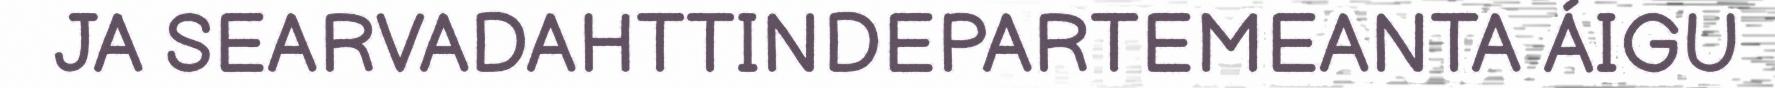
JA SEARVADAHTTINDEPARTEMEANTA ÁIGU